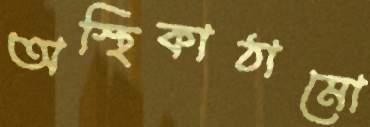
অস্থিকাঠামো